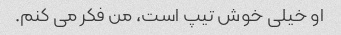
او خیلی خوش تیپ است، من فکر می کنم.